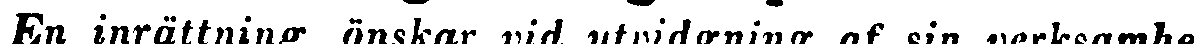
En inrättning önskar vid utvidgning af sin verksamhet